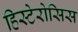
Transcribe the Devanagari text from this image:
हिस्टेरोसिस